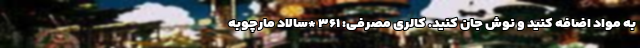
به مواد اضافه کنید و نوش جان کنید. کالری مصرفی: ۳۶۱ *سالاد مارچوبه